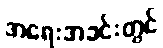
အရေးအခင်းတွင်